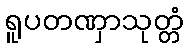
ရူပတဏှာသုတ္တံ